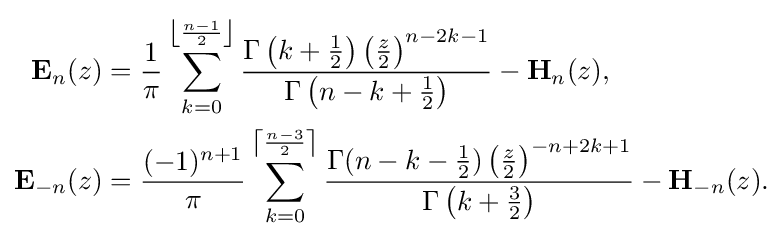
{\begin{aligned}\mathbf {E} _{n}(z)&={\frac {1}{\pi }}\sum _{k=0}^{\left\lfloor {\frac {n-1}{2}}\right\rfloor }{\frac {\Gamma \left(k+{\frac {1}{2}}\right)\left({\frac {z}{2}}\right)^{n-2k-1}}{\Gamma \left(n-k+{\frac {1}{2}}\right)}}-\mathbf {H} _{n}(z),\\\mathbf {E} _{-n}(z)&={\frac {(-1)^{n+1}}{\pi }}\sum _{k=0}^{\left\lceil {\frac {n-3}{2}}\right\rceil }{\frac {\Gamma (n-k-{\frac {1}{2}})\left({\frac {z}{2}}\right)^{-n+2k+1}}{\Gamma \left(k+{\frac {3}{2}}\right)}}-\mathbf {H} _{-n}(z).\end{aligned}}